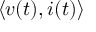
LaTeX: \langle v ( t ) , i ( t ) \rangle